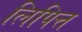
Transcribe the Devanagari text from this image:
लिपित्त